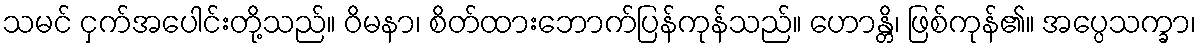
သမင် ငှက်အပေါင်းတို့သည်။ ဝိမနာ၊ စိတ်ထားဘောက်ပြန်ကုန်သည်။ ဟောန္တိ၊ ဖြစ်ကုန်၏။ အပ္ပေသက္ခာ၊